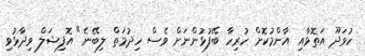
ހުވަދޫ އަތޮޅާއި އާންމުކޮށް ހުރިހާ ބޭފުޅުންނަށް ވެސް ހިދުމަތް ލިބޭނެ" އޮފިޝަލް ވިދާޅުވި